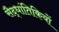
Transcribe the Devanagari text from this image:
सैद्धांतिकियों